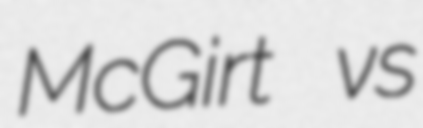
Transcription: McGirt vs